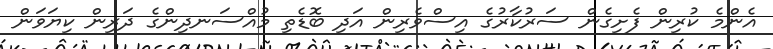
އެންމެ ކުރިން ފެށިގެން ސަރުކާރުގެ އިސްވެރިން އަދި ބޮޑެތި މުއްސަނދިންގެ ދަރިން ކިޔަވަން